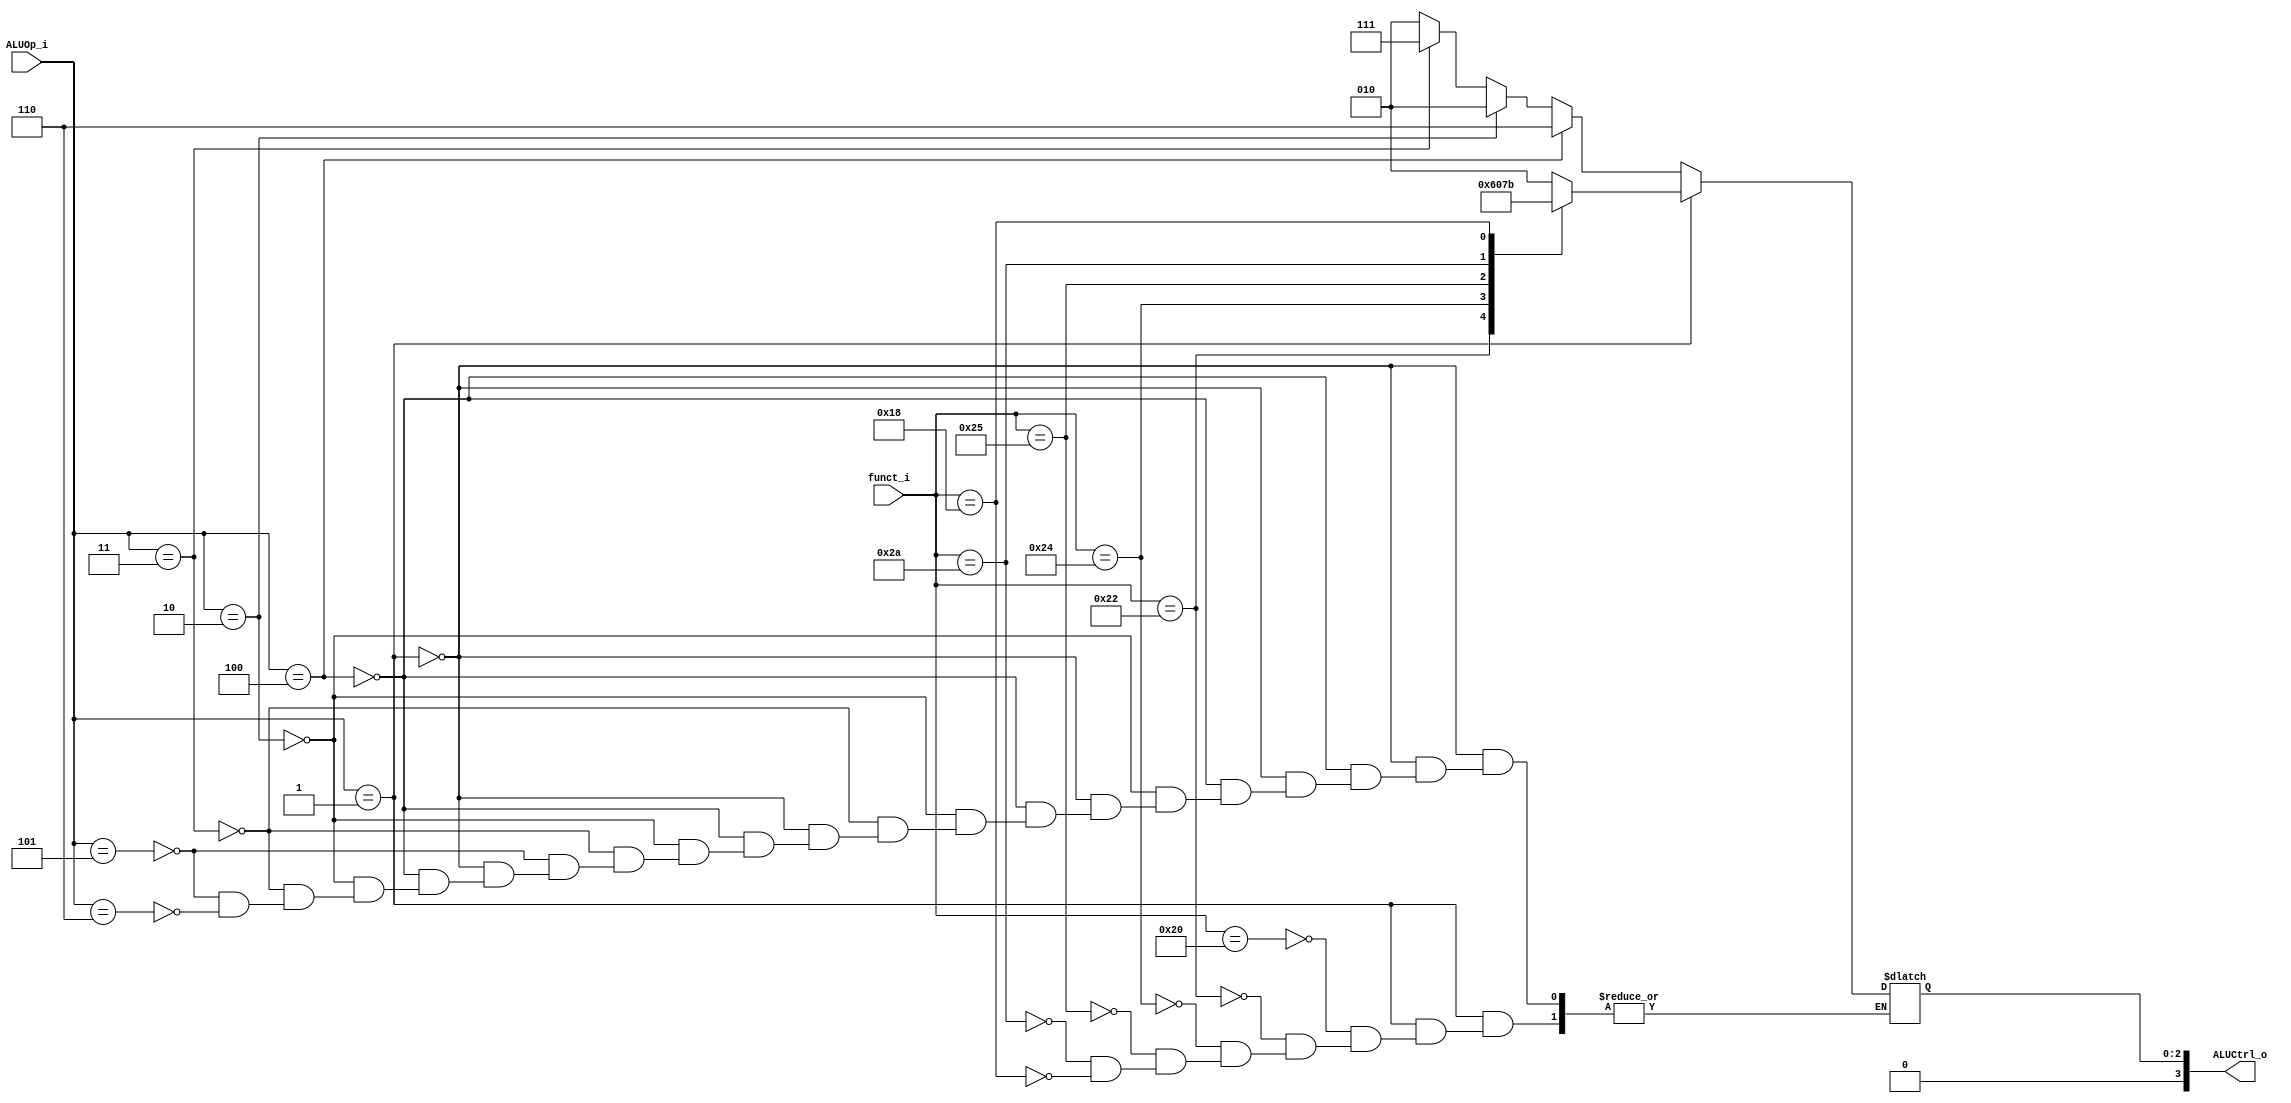
//student's id: 0716325
//Subject:     CO project 2 - ALU Controller
//--------------------------------------------------------------------------------
//Version:     1
//--------------------------------------------------------------------------------
//Writer:      0716325
//----------------------------------------------
//Date:        
//----------------------------------------------
//Description: 
//--------------------------------------------------------------------------------

module ALU_Control(
          funct_i,
          ALUOp_i,
          ALUCtrl_o
          );
localparam[5:0] add = 6'b100000, sub = 6'b100010, andd = 6'b100100, orr = 6'b100101, slt = 6'b101010;
//I/O ports 
input      [6-1:0] funct_i;
input      [3-1:0] ALUOp_i;

output     [4-1:0] ALUCtrl_o;    
//Internal Signals
reg        [4-1:0] ALUCtrl_o;
//Parameter
always@(*)begin
	if(ALUOp_i == 1) begin///r-format
	   case(funct_i)
	   6'b100000:  ALUCtrl_o[2:0] = 2;///add
	   6'b100010:  ALUCtrl_o[2:0] = 6;///sub
	   6'b100100:  ALUCtrl_o[2:0] = 0;///and
	   6'b100101:  ALUCtrl_o[2:0] = 1;///or
	   6'b101010:  ALUCtrl_o[2:0] = 7;///slt
	   24:         ALUCtrl_o[2:0] = 3;///mult
	   endcase

	end 
	else if(ALUOp_i == 4)begin///beq
	   ALUCtrl_o[2:0] = 3'b110;
	end 
	else if(ALUOp_i == 2)begin///addi
	   ALUCtrl_o[2:0] = 3'b010;
	end 
	else if(ALUOp_i == 3)begin///slti
	   ALUCtrl_o[2:0] = 3'b111;
	end
	else if(ALUOp_i == 5)begin///lw
	   ALUCtrl_o[2:0] = 3'b010;
	end
	else if(ALUOp_i == 6)begin///sw
	   ALUCtrl_o[2:0] = 3'b010;
	end
	ALUCtrl_o[3] = 0;
end

//Select exact operation

endmodule